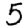
Digit: 5